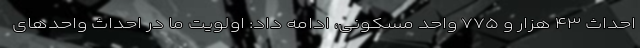
احداث ۴۳ هزار و ۷۷۵ واحد مسکونی، ادامه داد: اولویت ما در احداث واحدهای